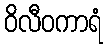
ဝိလီဝကာရံ